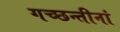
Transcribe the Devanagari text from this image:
गच्छन्तीनां